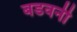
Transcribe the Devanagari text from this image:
बडवनी